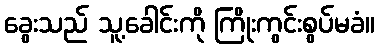
ခွေးသည် သူ့ခေါင်းကို ကြိုးကွင်းစွပ်မခံ။